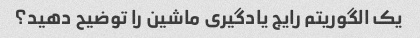
یک الگوریتم رایج یادگیری ماشین را توضیح دهید؟